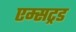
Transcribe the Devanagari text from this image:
एम्सट्रड